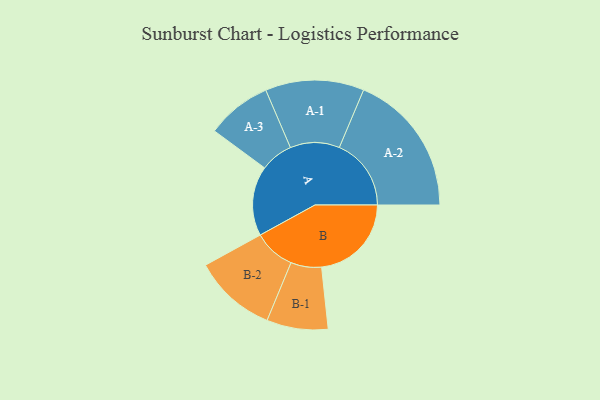
{"axis": {"x": "Segment", "y": "Value"}, "legend": ["", "A", "B"], "data": [{"x": "A", "y": 291, "type": ""}, {"x": "B", "y": 375, "type": ""}, {"x": "A-1", "y": 206, "type": "A"}, {"x": "A-2", "y": 300, "type": "A"}, {"x": "A-3", "y": 136, "type": "A"}, {"x": "B-1", "y": 128, "type": "B"}, {"x": "B-2", "y": 173, "type": "B"}]}